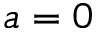
a = 0